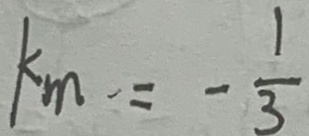
k _ { m } = - \frac { 1 } { 3 }